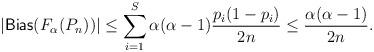
LaTeX: \begin{align*}|\mathsf{Bias}(F_{\alpha}(P_n))| \leq \sum_{i =1}^S \alpha (\alpha-1) \frac{p_i(1-p_i)}{2n} \leq \frac{\alpha (\alpha-1)}{2n}.\end{align*}